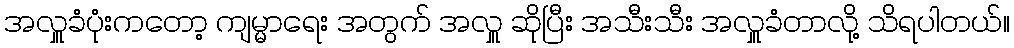
အလှူခံပုံးကတော့ ကျမ္မာရေး အတွက် အလှူ ဆိုပြီး အသီးသီး အလှူခံတာလို့ သိရပါတယ်။